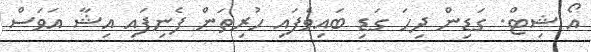
އޯ ޝިޓް. ގަޑިން ދިހަ ގަޑި ބައިވެފައި ހުރިތަން ފެނިފައި އިޝާ އަވަސް